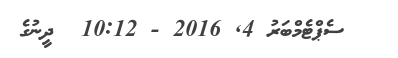
ސެޕްޓެމްބަރު 4